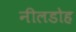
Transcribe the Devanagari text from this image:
नीलडोह